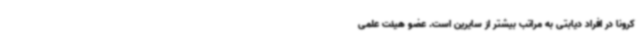
کرونا در افراد دیابتی به مراتب بیشتر از سایرین است. عضو هیئت علمی